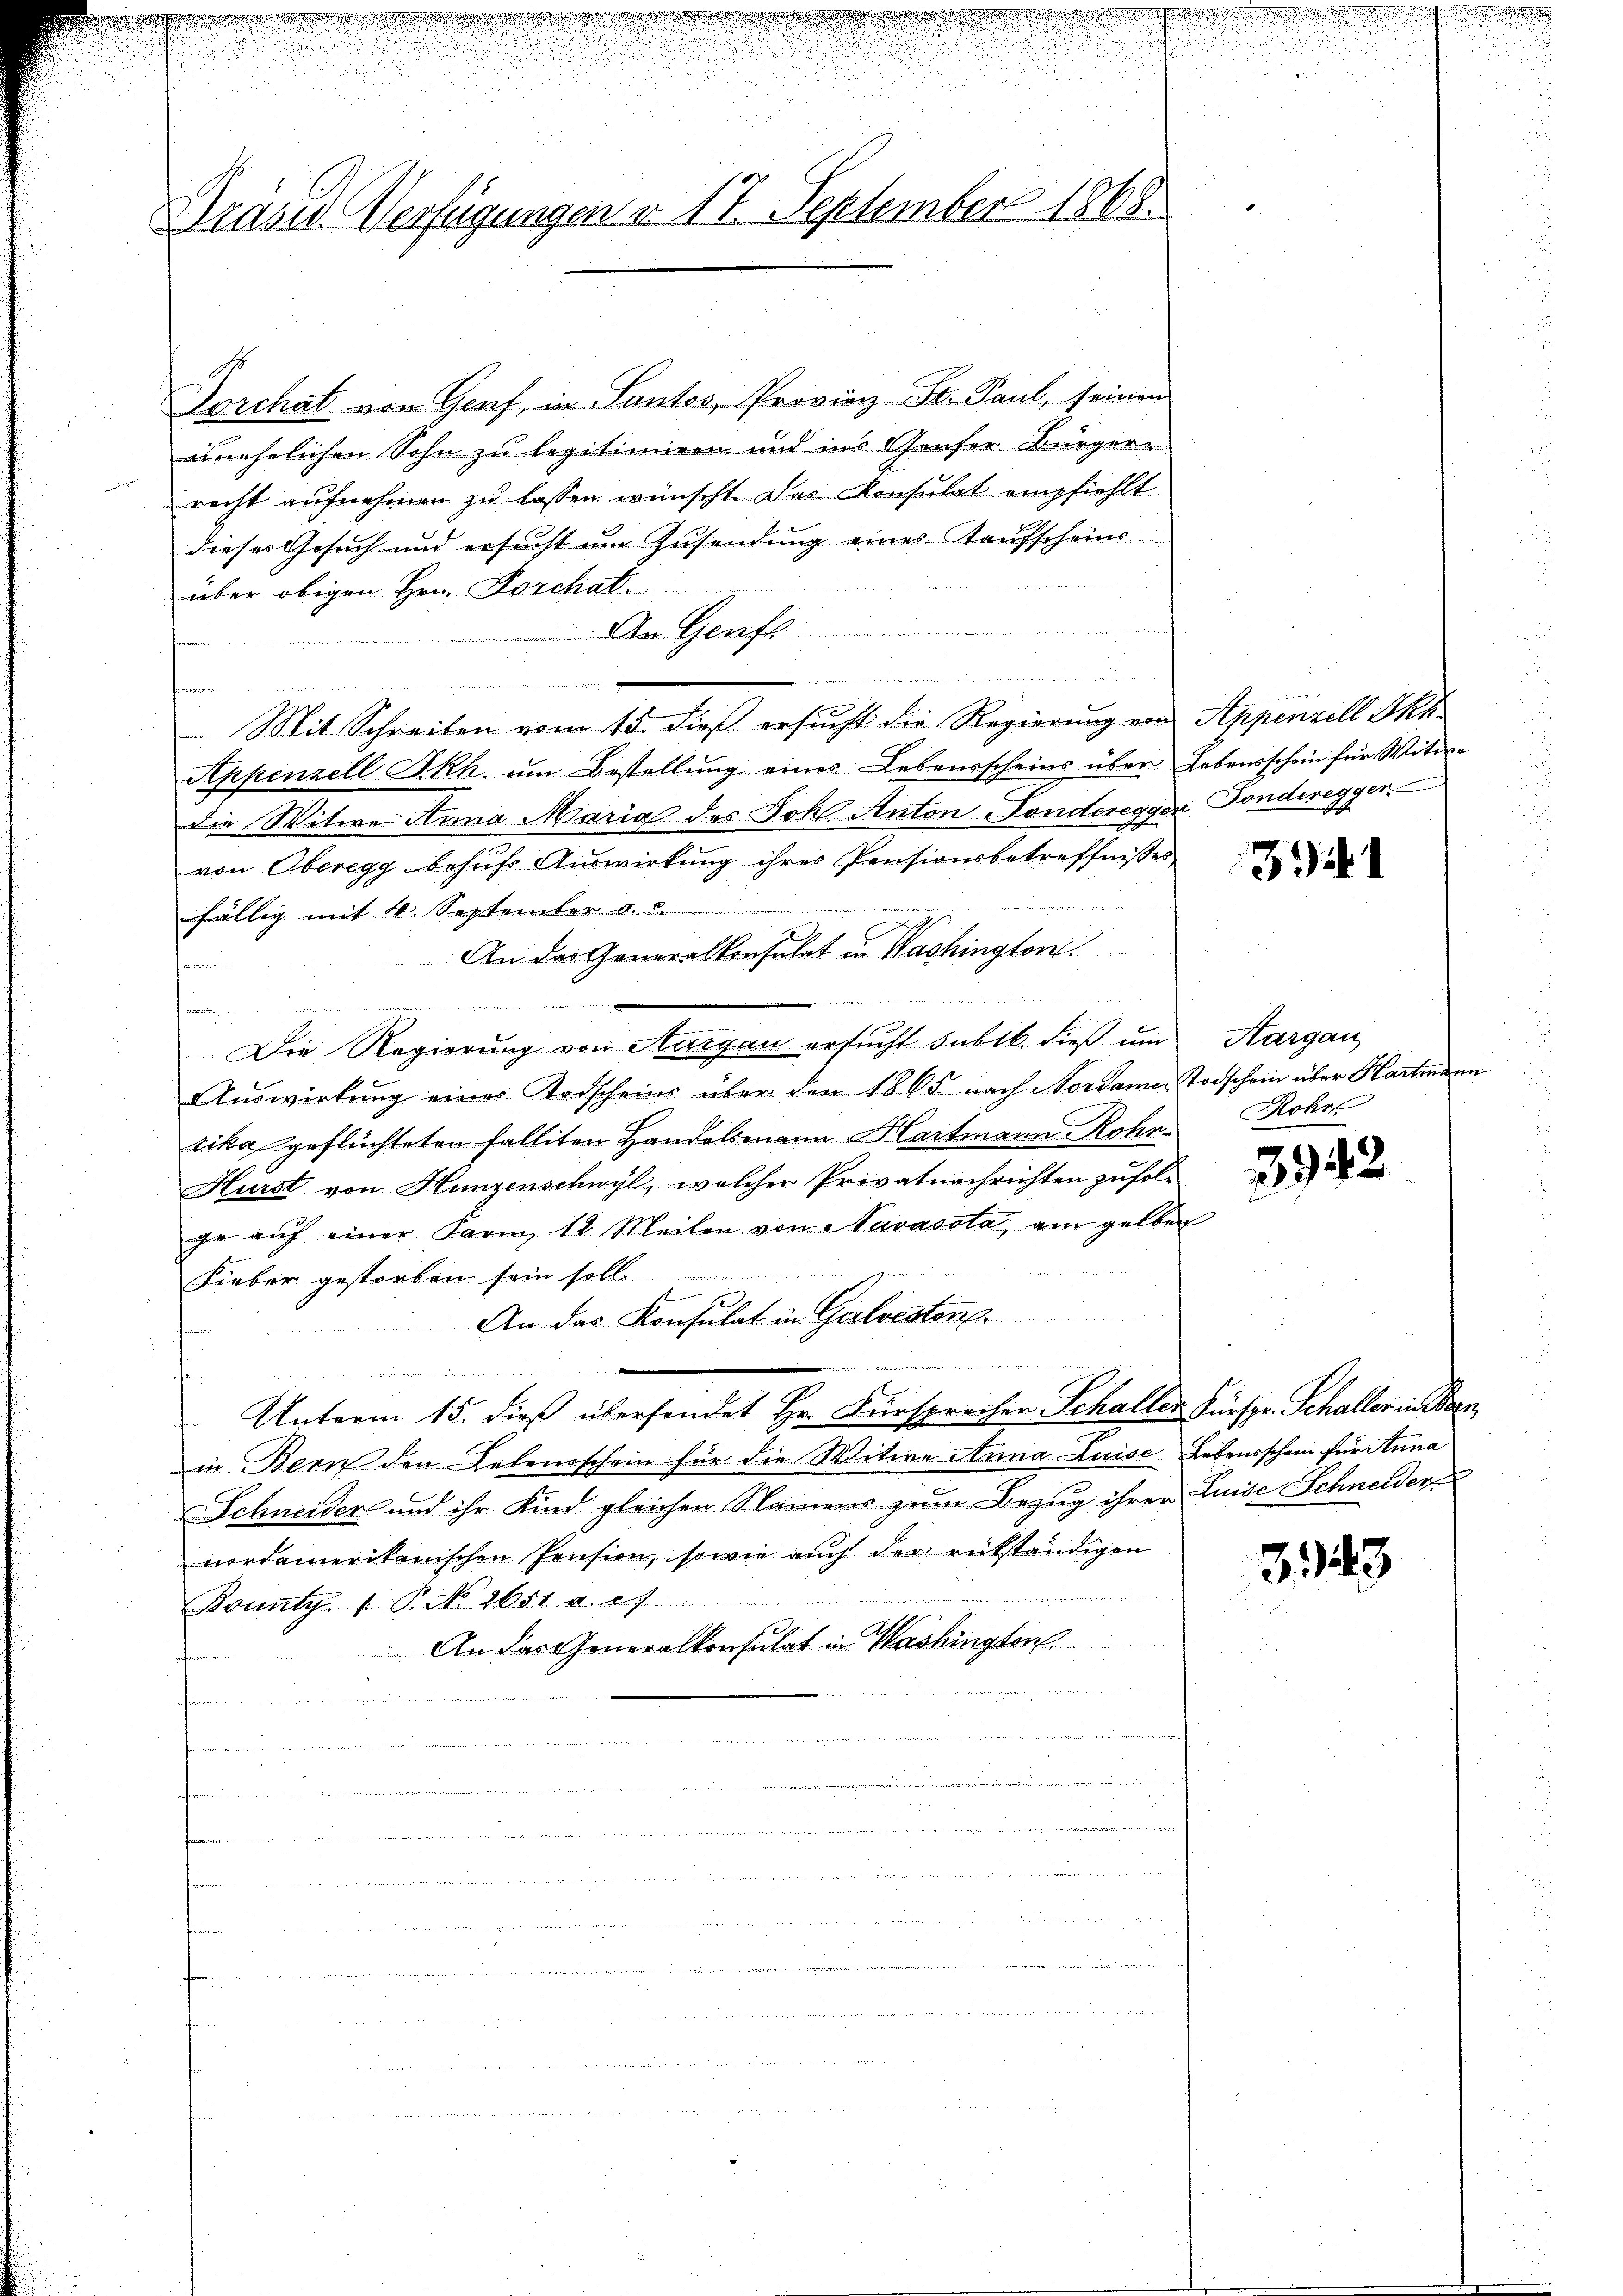
d

Präses Verfügungen d. 17. September 1868.

Forchat von Genf, in Santos, Provian St. Paul, seinen
unehelichen Sohn zu legitimiren und ins Genfer Bürgere
recht aufnehmen zu lassen wünscht. Das Konsulat empfiehlt
dieses Gesuch und ersucht um Zusendung eines Taufscheins
über obigen Hrn. Forchal
An Genfe
.
n
Mit Schreiben vom 15. dieß ersucht die Regierung von Appenzell Akk
Appenzell Skh. ŭm Bestellŭng eines Lebensscheins über Lebensschein für Witwe
die Witwe Anna Maria des Joh. Anton Fonderegger Fonderegger
von Oberegg behŭfs Auswirkung ihres Pensionsbetreffnisses
fällig mit 4. September a. c.
An das Generalkonsulat in Washington
 nisierte

.
Die Regierung von Aargau ersucht dubib. dieß um
Aŭswirkŭng eines Todscheins über den 1865 nach Nordame Todschein über Hartmann
rika geflüchteten falliten Handelsmann Hartmann Rohn¬
Hurst von Hunzenschwyl, welcher Privatnachrichten zufol-
ge aŭf einer Farm, 12 Meilen von Navasota, am gelben
Fieber gestorben sein solle
F
An das Konsulat in Galvestone.
wie der eine
Diese
i
Unterm 15. dieß übersendet Hr. Fürsprecher Schaller Fürspr. Schaller in Bren
in Bern den Lebensschein für die Witwe Anna Luise Lebensschein für Anna
Schneider und ihr Kind gleichen Namens zum Bezug ihrer Luise Schneider-
nordamerikanischen Pension, sowie auch der rükständigen
Kounty. 1 P. No. 2651. a. c.
An das Generalkonsulat in Washington
n

3941

Aargau
Rohr

3942

3943

u